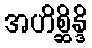
အဟိစ္ဆိန္ဒိ